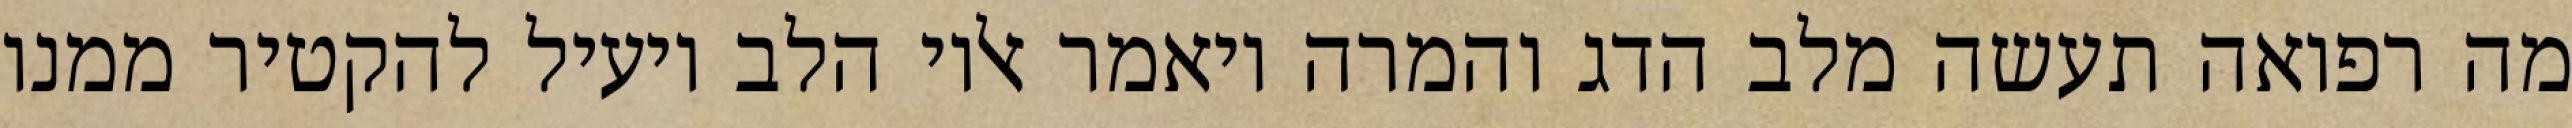
מה רפואה תעשה מלב הדג והמרה ויאמר אליו הלב יועיל להקטיר ממנו